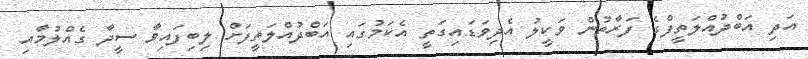
އަދި އަބްދުއްލަތީފްގެ ފަރާތުން ވަކީލު އެދިވަޑައިގަތީ އެކަމުގައި އަބްދުއްލަތީފަށް ލިބިފައިވާ ސީދާ ގެއްލުމާއި